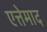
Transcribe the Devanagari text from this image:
एत्तेमाद